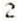
2